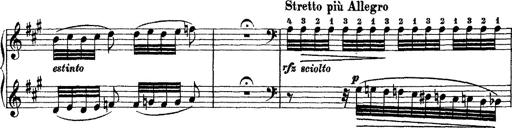
Title: Grande fantasie di bravura sur La clochette
Composer: Franz Liszt
Key: A minor